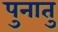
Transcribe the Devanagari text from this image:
पुनातु